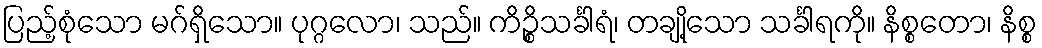
ပြည့်စုံသော မဂ်ရှိသော။ ပုဂ္ဂလော၊ သည်။ ကိဉ္စိသင်္ခါရံ၊ တချို့သော သင်္ခါရကို။ နိစ္စတော၊ နိစ္စ